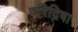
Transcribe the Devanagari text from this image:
परिद्रिषा